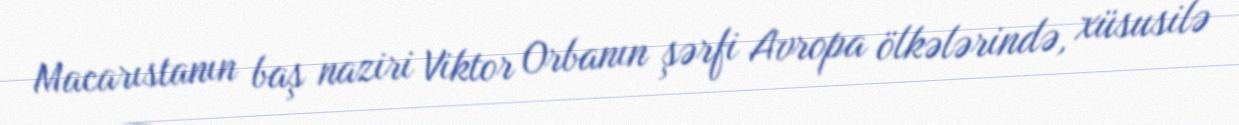
Macarıstanın baş naziri Viktor Orbanın şərfi Avropa ölkələrində, xüsusilə